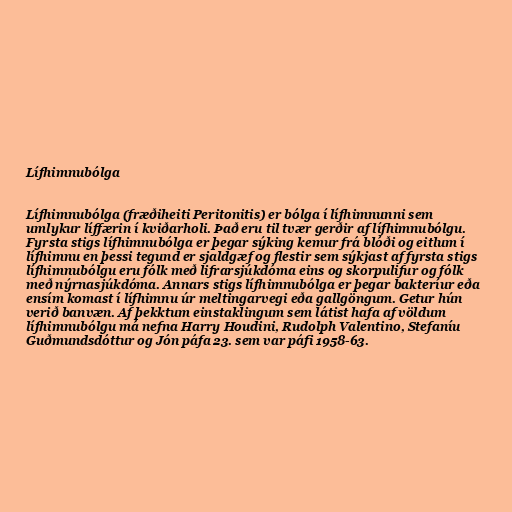
Lífhimnubólga

Lífhimnubólga (fræðiheiti Peritonitis) er bólga í lífhimnunni sem
umlykur líffærin í kviðarholi. Það eru til tvær gerðir af lífhimnubólgu.
Fyrsta stigs lífhimnubólga er þegar sýking kemur frá blóði og eitlum í
lífhimnu en þessi tegund er sjaldgæf og flestir sem sýkjast af fyrsta stigs
lífhimnubólgu eru fólk með lifrarsjúkdóma eins og skorpulifur og fólk
með nýrnasjúkdóma. Annars stigs lífhimnubólga er þegar bakteríur eða
ensím komast í lífhimnu úr meltingarvegi eða gallgöngum. Getur hún
verið banvæn. Af þekktum einstaklingum sem látist hafa af völdum
lífhimnubólgu má nefna Harry Houdini, Rudolph Valentino, Stefaníu
Guðmundsdóttur og Jón páfa 23. sem var páfi 1958-63.